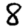
Digit: 8